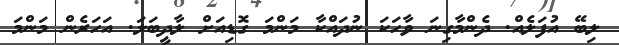
ލިބޭ އުފަލެއް. ދެންމާގިނަ ވާހަކަ ނުދައްކާ މަންމަ ގޮޑިއަށް ލާދީބަލަ. އަހަރެން މަންމަ